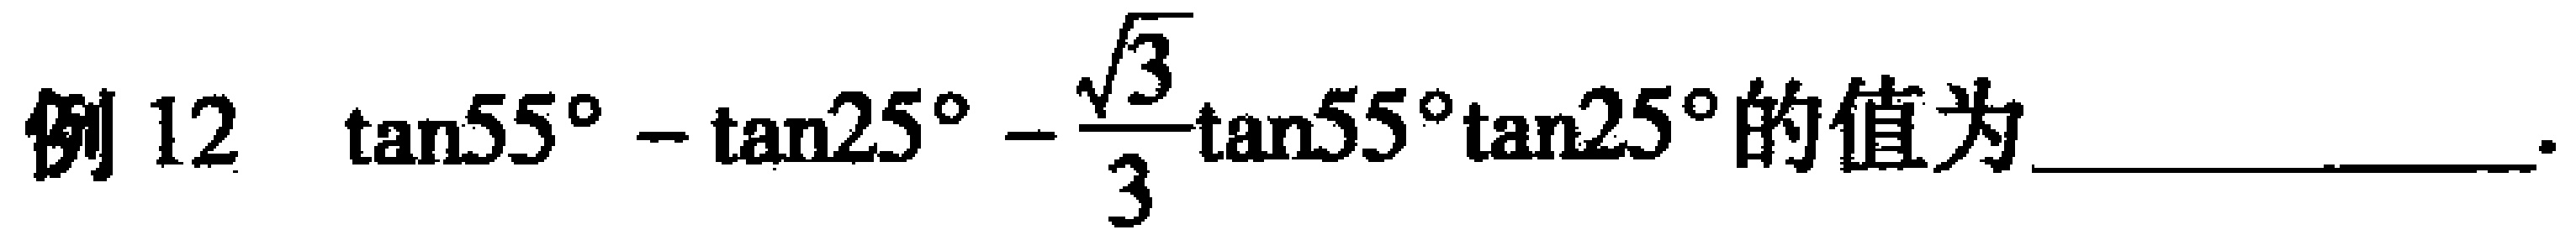
例12 $\tan55^{\circ}-\tan25^{\circ}-\frac{\sqrt{3}}{3}\tan55^{\circ}\tan25^{\circ}$的值为____________.